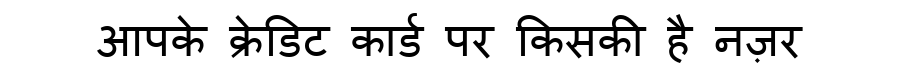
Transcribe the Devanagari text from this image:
आपके क्रेडिट कार्ड पर किसकी है नज़र